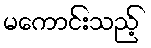
မကောင်းသည့်